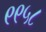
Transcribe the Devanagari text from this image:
९९५८